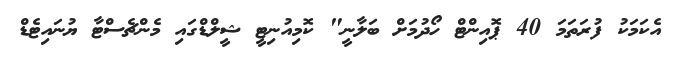
އެކަމަކު ފުރަތަމަ 40 ޕޮއިންޓް ހޯދުމަށް ބަލާނީ" ކޮމިއުނިޓީ ޝީލްޑްގައި މެންޗެސްޓާ ޔުނައިޓެޑް